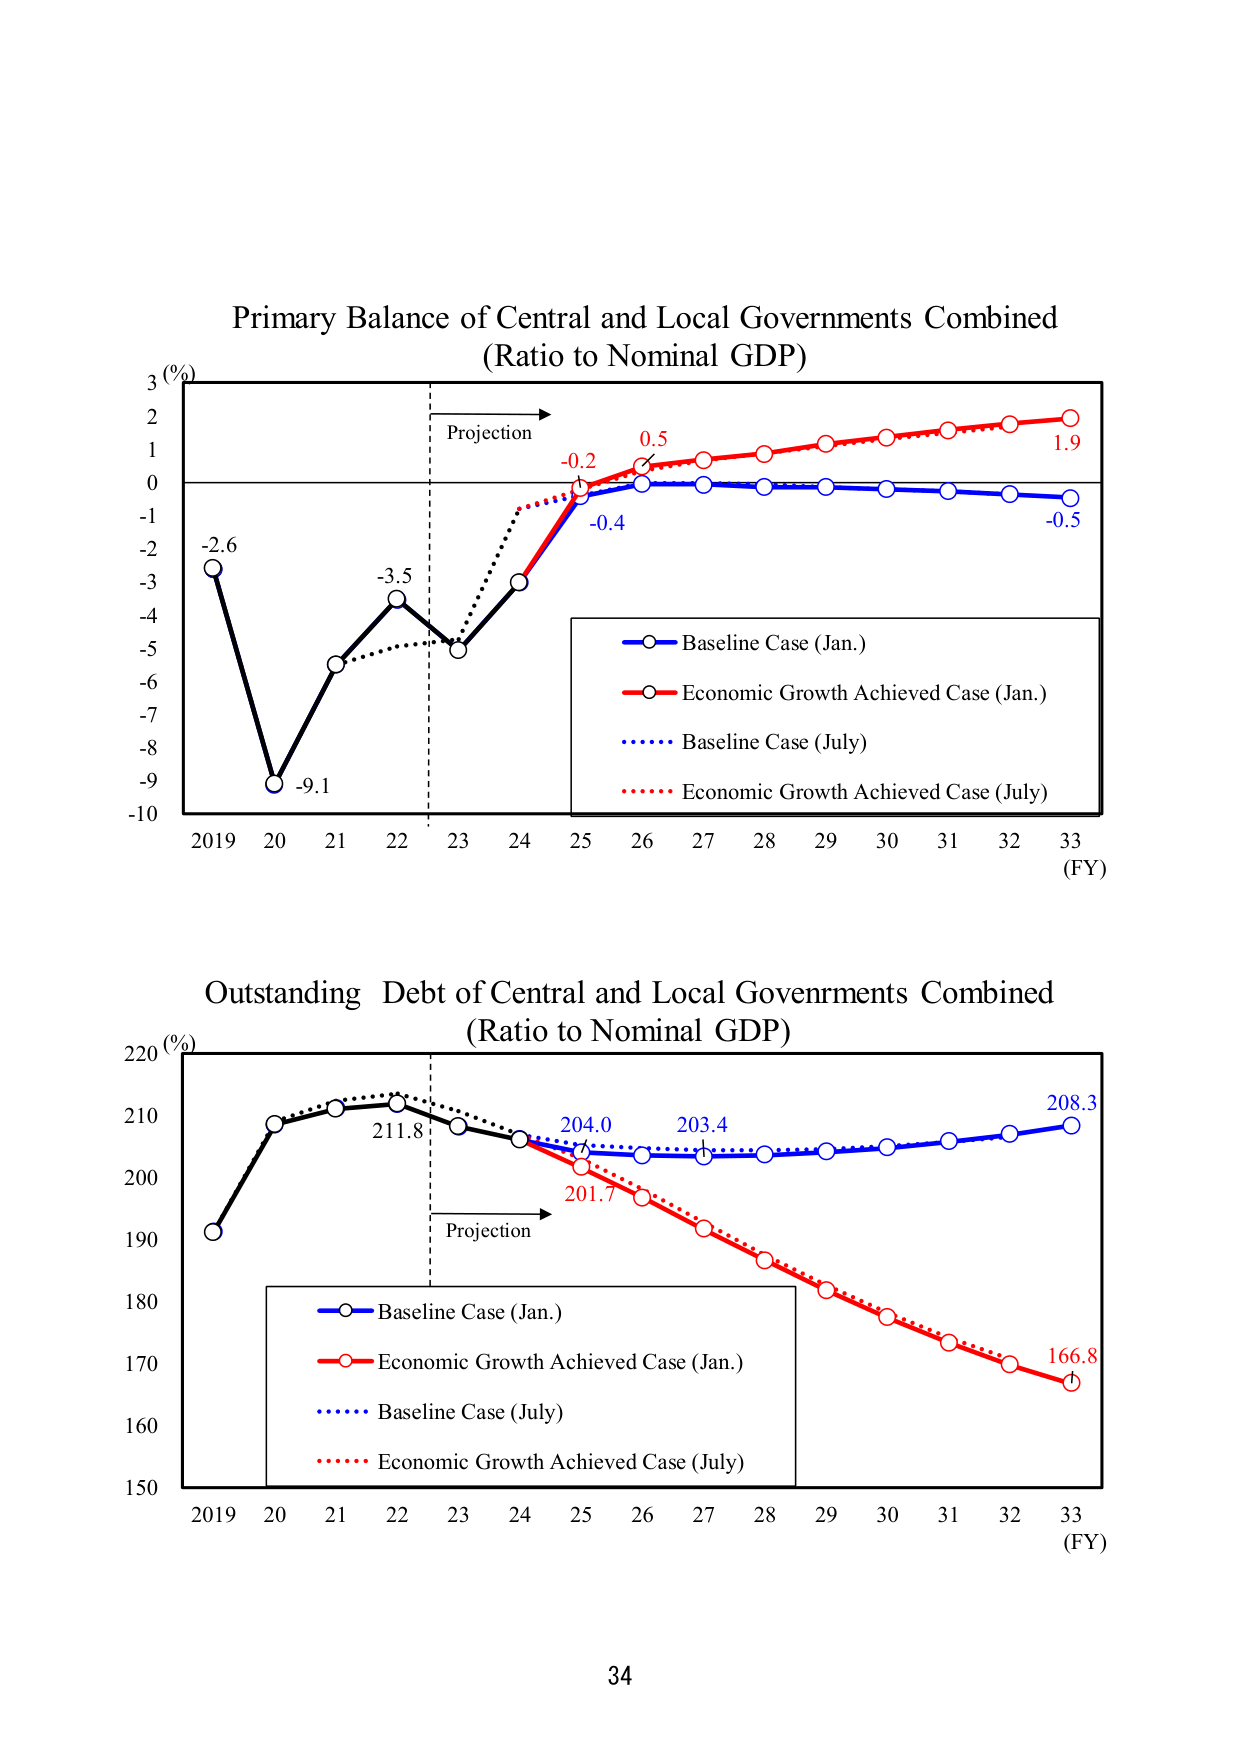
Primary Balance of Central and Local Governments Combined
(Ratio to Nominal GDP)

3 (%)
2
1
0
-1
-2
-3
-4
-5
-6
-7
-8
-9
-10

Projection
-2.6
-9.1
-3.5
-0.2
-0.4
0.5
1.9
-0.5

2019  20  21  22  23  24  25  26  27  28  29  30  31  32  33
(FY)

○ Baseline Case (Jan.)
○ Economic Growth Achieved Case (Jan.)
○ Baseline Case (July)
○ Economic Growth Achieved Case (July)

Outstanding Debt of Central and Local Governments Combined
(Ratio to Nominal GDP)

220 (%)
210
200
190
180
170
160
150

Projection
211.8
204.0
203.4
208.3
201.7
166.8

2019  20  21  22  23  24  25  26  27  28  29  30  31  32  33
(FY)

○ Baseline Case (Jan.)
○ Economic Growth Achieved Case (Jan.)
○ Baseline Case (July)
○ Economic Growth Achieved Case (July)

34